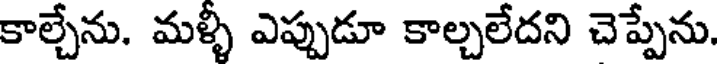
కాల్చేను. మళ్ళీ ఎప్పుడూ కాల్చలేదని చెప్పేను.